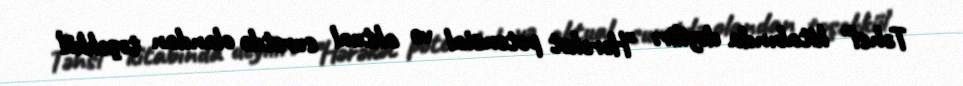
Təhsl" kitabında deyilir: "Hərəkət potensial və aktual surətdə olandan təşəkkül